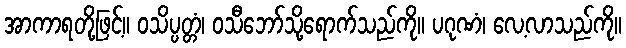
အာကာရတို့ဖြင့်။ ဝသိပ္ပတ္တံ၊ ဝသီဘော်သို့ရောက်သည်ကို။ ပဂုဏံ၊ လေ့လာသည်ကို။